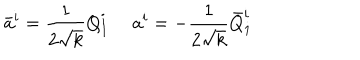
\bar { a } ^ { i } = { \frac { 1 } { 2 \sqrt { k } } } Q _ { 1 } ^ { i } \ a ^ { i } = - { \frac { 1 } { 2 \sqrt { k } } } \bar { Q } _ { \dot { 1 } } ^ { i }